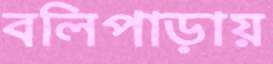
বলিপাড়ায়